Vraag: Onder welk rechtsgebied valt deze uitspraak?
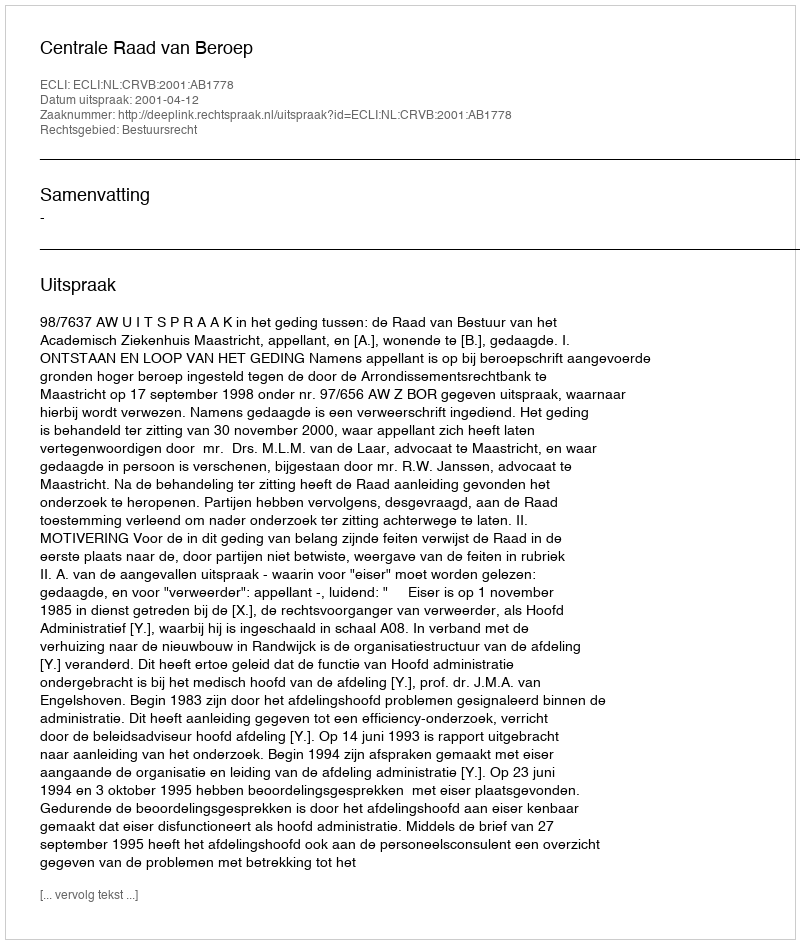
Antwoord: Bestuursrecht